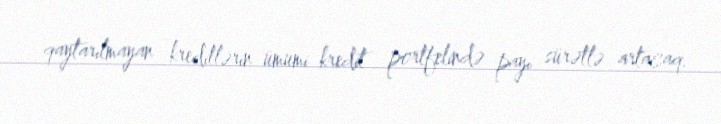
qaytarılmayan kreditlərin ümumi kredit portfelində payı sürətlə artacaq.